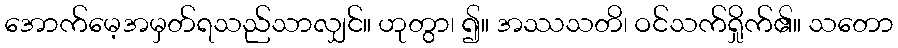
အောက်မေ့အမှတ်ရသည်သာလျှင်။ ဟုတွာ၊ ၍။ အဿသတိ၊ ဝင်သက်ရှိုက်၏။ သတော